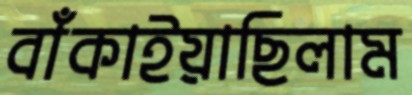
বাঁকাইয়াছিলাম